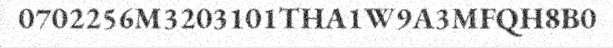
0702256M3203101THA1W9A3MFQH8B0